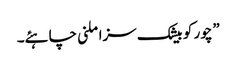
”چور کو بیشک سزا ملنی چاہئے۔